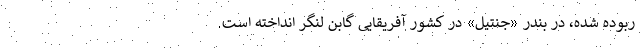
ربوده شده، در بندر «جنتیل» در کشور آفریقایی گابن لنگر انداخته است.